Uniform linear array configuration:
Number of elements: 48
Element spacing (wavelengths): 0.5
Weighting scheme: kaiser
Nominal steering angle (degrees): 30
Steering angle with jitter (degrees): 29.745
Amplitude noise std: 0.05
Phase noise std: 0.05

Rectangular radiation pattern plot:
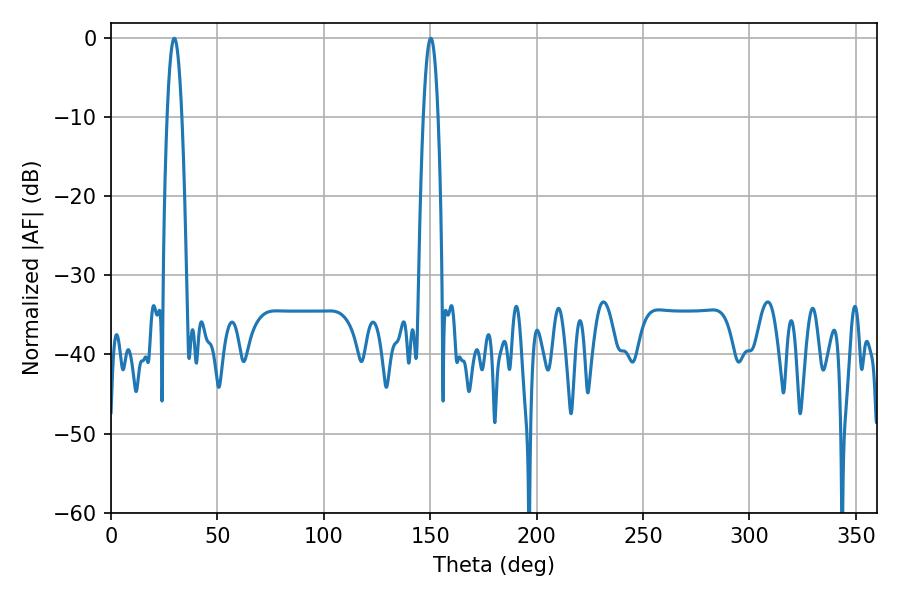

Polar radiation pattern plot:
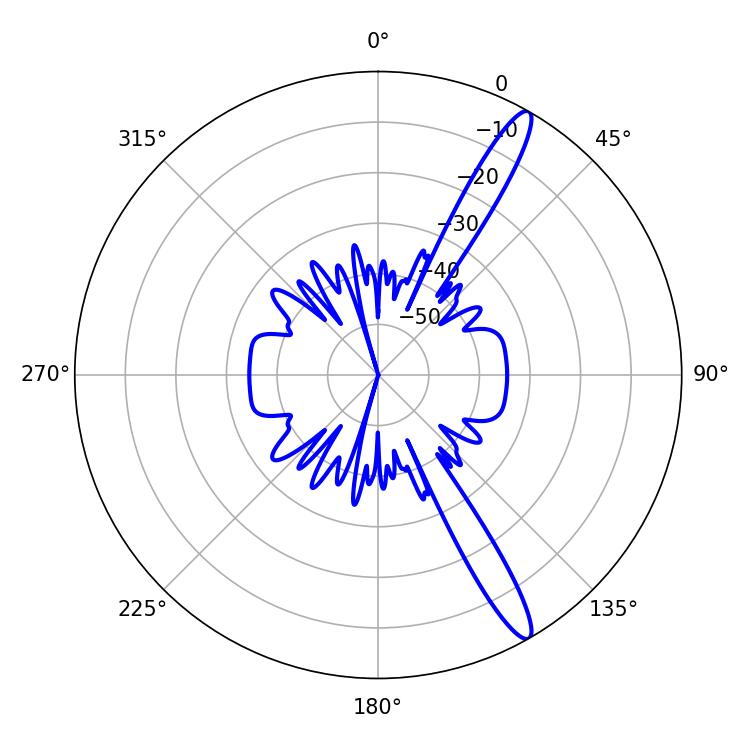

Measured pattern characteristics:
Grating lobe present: FALSE
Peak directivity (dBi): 14.454
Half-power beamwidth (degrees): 3.78
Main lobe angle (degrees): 29.7